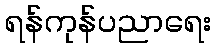
ရန်ကုန်ပညာရေး